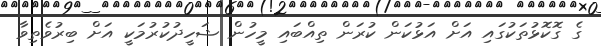
ގެ ގޮކޮޅުތަކުގައި އަށް އަޅުކަން ކުރަން ތިއްބައި މީހުން ޝަހީދުކުރުމަކީ އަށް ބިރުވެތިވާ